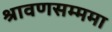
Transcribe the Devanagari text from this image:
श्रावणसम्ममा